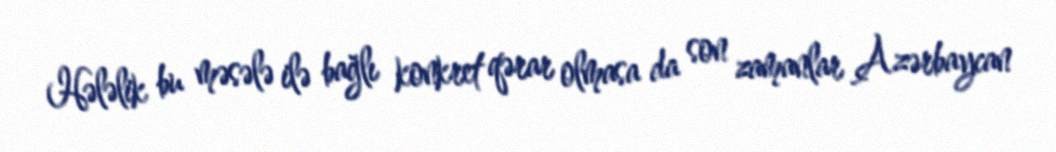
Hələlik bu məsələ ilə bağlı konkret qərar olmasa da son zamanlar Azərbaycan